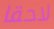
لاحقا